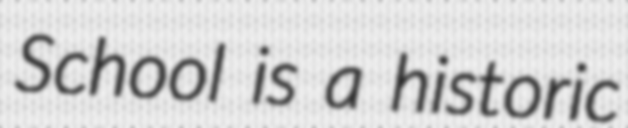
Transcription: School is a historic